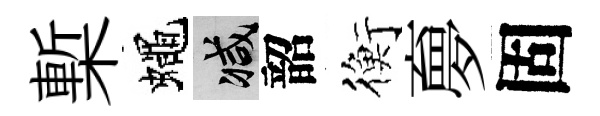
槧蠅减韶衡夣固